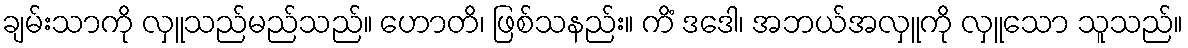
ချမ်းသာကို လှူသည်မည်သည်။ ဟောတိ၊ ဖြစ်သနည်း။ ကိံ ဒဒေါ၊ အဘယ်အလှူကို လှူသော သူသည်။